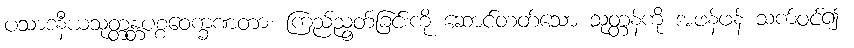
ပသာဒနီယသုတ္တန္တပစ္စဝေက္ခဏတာ၊ ကြည်ညွတ်ခြင်းကို ဆောင်တတ်သော သုတ္တန်ကို အဖန်ဖန် သက်ဝင်၍